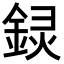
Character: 𬫟